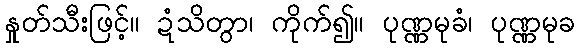
နှုတ်သီးဖြင့်။ ဍံသိတွာ၊ ကိုက်၍။ ပုဏ္ဏမုခံ၊ ပုဏ္ဏမုခ